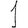
Digit: 1